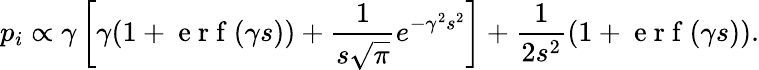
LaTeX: p_{i}\propto\gamma\left[\gamma(1+\mathrm{~e~r~f~}(\gamma s))+\frac{1}{s\sqrt{\pi}}e^{-\gamma^{2}s^{2}}\right]+\frac{1}{2s^{2}}(1+\mathrm{~e~r~f~}(\gamma s)).